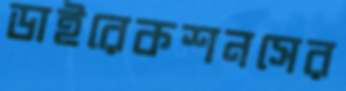
ডাইরেকশনসের